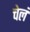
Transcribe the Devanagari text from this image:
चेलं